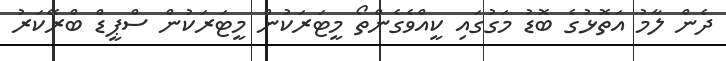
ދެން ލާމު އަތޮޅުގެ ބޮޑު މަގުގައި ކީއްވެގެންތޯ މީޓަރަކުން މީޓަރަކުން ސްޕީޑް ބްރޭކަރު